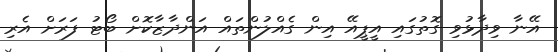
އޭނާ ވިދާޅުވި ގޮތުގައި އީޕީއޭ އިން ގެއްލުންތައް އަންދާޒާކޮށް ބޯޓު ފަރަށް އެރި